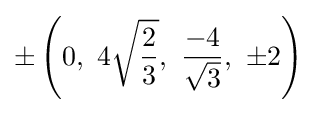
\pm \left(0,\ 4{\sqrt {\frac {2}{3}}},\ {\frac {-4}{\sqrt {3}}},\ \pm 2\right)